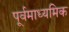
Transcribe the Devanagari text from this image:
पूर्वमाध्यमिक